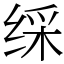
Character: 䌽